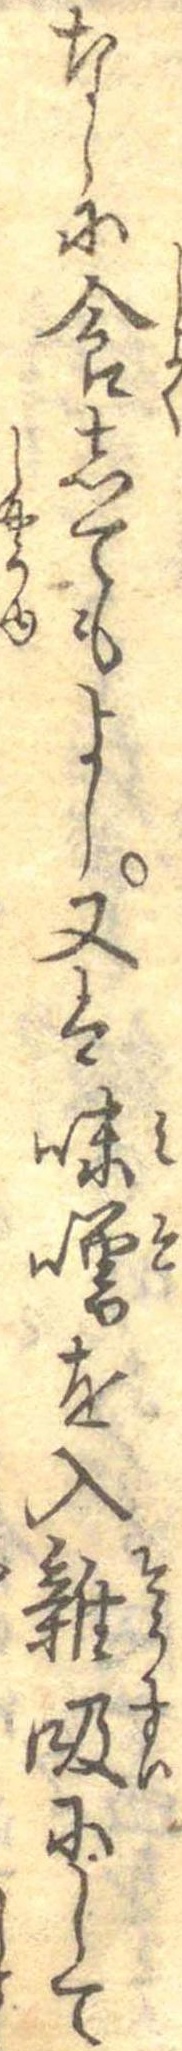
なしに食してもよし又は味噌を入雑吸にして